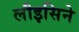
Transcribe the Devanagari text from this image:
लौइसिने